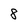
Character: 8